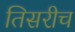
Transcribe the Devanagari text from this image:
तिसरीच